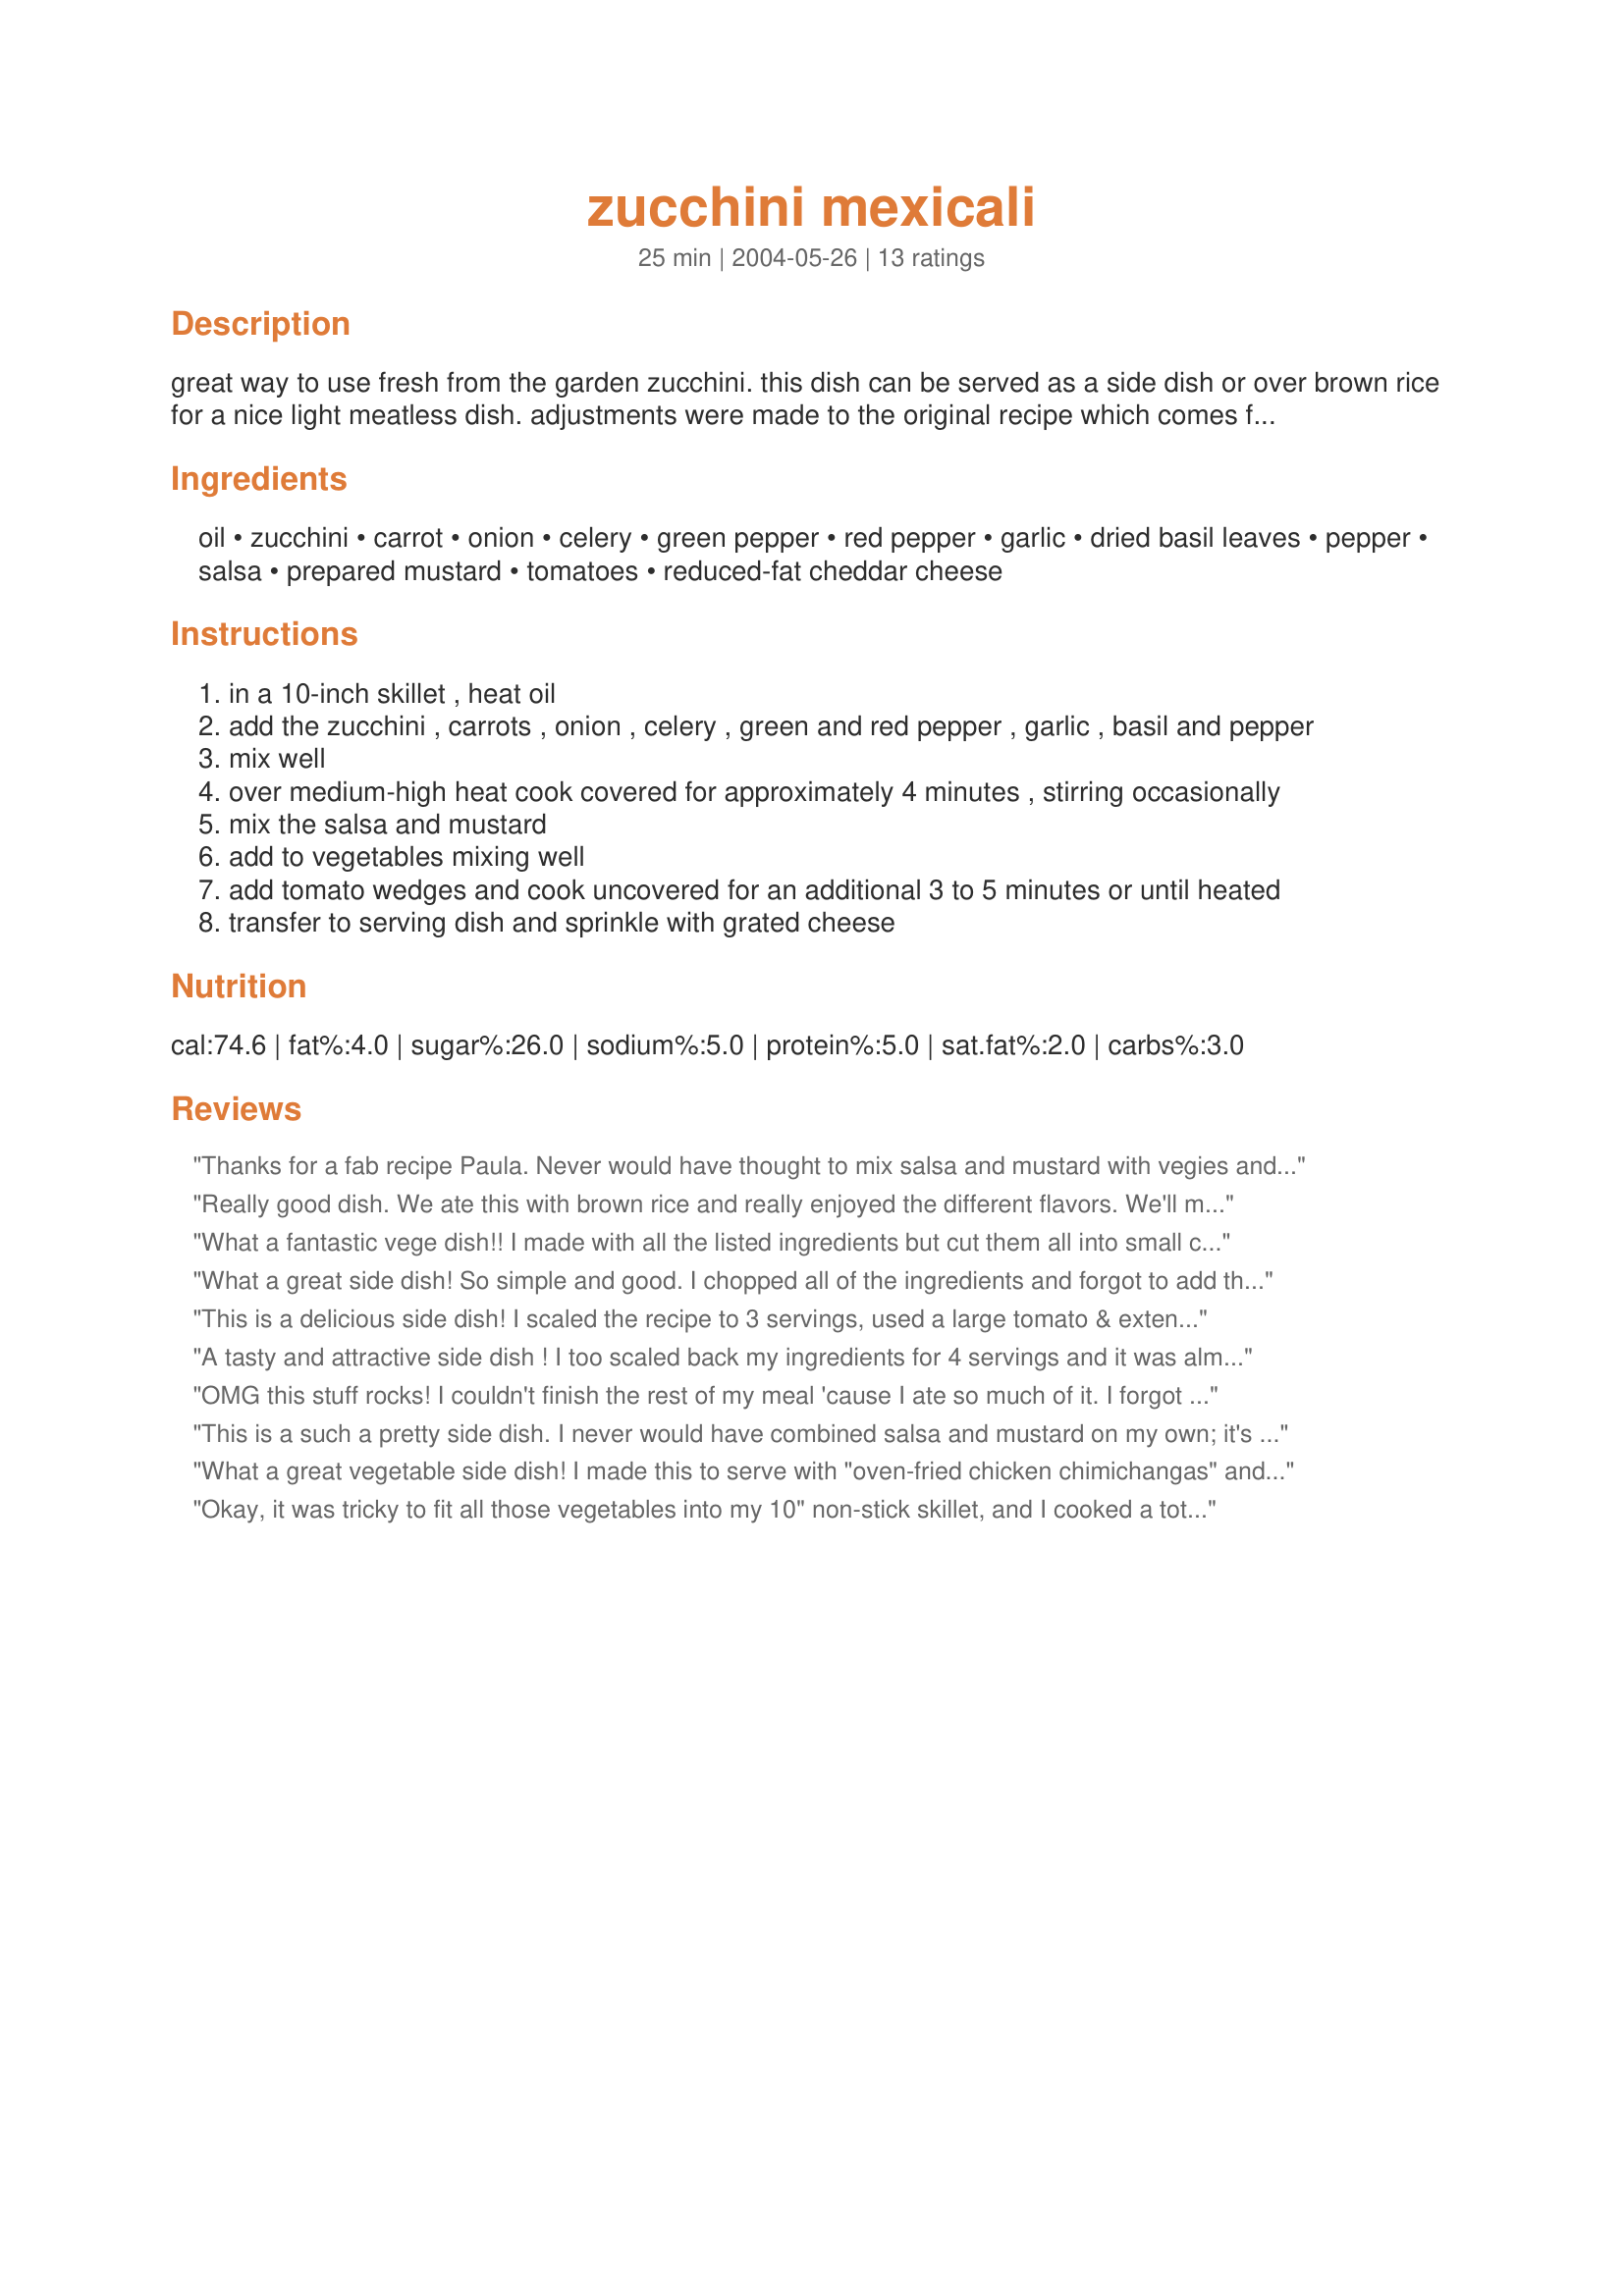
zucchini mexicali
Preparation time: 25 minutes

great way to use fresh from the garden zucchini. this dish can be served as a side dish or over brown rice for a nice light meatless dish. adjustments were made to the original recipe which comes from the new american diet cookbook.

Ingredients:
oil, zucchini, carrot, onion, celery, green pepper, red pepper, garlic, dried basil leaves, pepper, salsa, prepared mustard, tomatoes, reduced-fat cheddar cheese

Steps:
in a 10-inch skillet , heat oil
add the zucchini , carrots , onion , celery , green and red pepper , garlic , basil and pepper
mix well
over medium-high heat cook covered for approximately 4 minutes , stirring occasionally
mix the salsa and mustard
add to vegetables mixing well
add tomato wedges and cook uncovered for an additional 3 to 5 minutes or until heated
transfer to serving dish and sprinkle with grated cheese

Reviews:
Thanks for a fab recipe Paula. Never would have thought to mix salsa and mustard with vegies and it tastes great. I did extend the cooking time, but that was just a personal preference as I like them a little softer. Also was a great way to use up what I had in the fridge.
Really good dish. We ate this with brown rice and really enjoyed the different flavors. We'll make this again. Next time I may use a little less of the prepared mustard and a little more salsa. Thanks!
What a fantastic vege dish!! I made with all the listed ingredients but cut them all into small cubes and ommited the cheese. I cooked the carrot, celery and onion until soft first then added the remaining ingredients until they were done, leaving a slight crunch. My youngest Daughter who going has recently decided that she wants to be a vegetarian had her's served over rice. The rest of the family had it as a side. Reviewed for ZWT3. Thanks for sharing!
What a great side dish! So simple and good. I chopped all of the ingredients and forgot to add the cheese so we added a little bit at the table. Thanks Paula for a great keeper. Made for ZWT8 - Family Picks.
This is a delicious side dish! I scaled the recipe to 3 servings, used a large tomato & extended the cooking time. Since the zucchini & celery were still a little undercooked for our tastes (and the rest were kinda mushy), I'll start them earlier the next time. I added salt at the table but I'll do so during the cooking process next time. Thanx Paula!
A tasty and attractive side dish ! I too scaled back my ingredients for 4 servings and it was almost too much to handle in my largest frying pan. I think next time I'll cut my zucchini in chunks rather than rounds because I had the problem of my carrots and celery (the smaller items in the pan) all wanting to cling together. I think if the zukes were in chunks things would mix better in the pan- but that might just be a personal problem of mine. Thanks for posting !
OMG this stuff rocks! I couldn't finish the rest of my meal 'cause I ate so much of it. I forgot to put onions in and didn't have tomatoes....also added about 1/2 cup of mushrooms and it was soooo good. Next time I make ( and I will) I will make sure to have tomatoes, want to try with them. Thx PaulaG. P.S. I used my large, deep dish electric skillet, fit perfect.
This is a such a pretty side dish. I never would have combined salsa and mustard on my own; it's a great combo! I made the carrots into matchsticks and cooked for just a couple minutes less, since I like veggies crunchy. An interesting and yummy dish. Thanks Paula!
What a great vegetable side dish! I made this to serve with "oven-fried chicken chimichangas" and it was a perfect pairing. Next time I'll follow the advice to cut the zucchini into chunks.
Okay, it was tricky to fit all those vegetables into my 10" non-stick skillet, and I cooked a total of 10+ minutes to make sure all veggies were cooked through, but this was incredibly tasty! Added salt too. Was able to use the freshest, most ripe tomatoes from the farmer's market. Was not at all put off by the mustard and salsa, I realized immediately that it would turn out to be a great combo! (I'm one of those weird people who like mustard and tomatoes on their sandwiches at the same time.) Ate as a light dinner with some crusty sourdough bread to soak up the sauce. Very, very good and so fresh! Thanks for a great recipe!
Delicious veggie dish! I don't care for onions so left them out and used a little extra pepper instead; also added just a sprinkling of crushed red pepper flakes. Loved the mustard/salsa combo, really tasty. Served as a side this time but next time will double the sauce and serve over pasta. Thanks for sharing this recipe!
This is such a wonderful, colourful dish. I felt healthy just cutting all the vegies, let alone eating it!! I didn't add the cheese as I didn't feel it was needed (plus the other side dish had lots of cream!!).
Tastes fabulous and adds lots of colour to your plate!! 
Thanks Paula!!
This dish did not taste very Mexiicali. It was good for a fresh vegetable stir fry. It was much better after adding some more salsa and extra spices.
